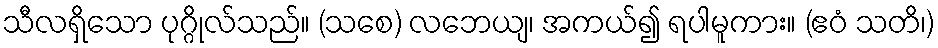
သီလရှိသော ပုဂ္ဂိုလ်သည်။ (သစေ) လဘေယျ၊ အကယ်၍ ရပါမူကား။ (ဧဝံ သတိ၊)